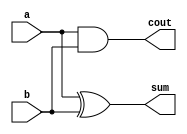
`timescale 1ns / 1ps
//////////////////////////////////////////////////////////////////////////////////
// Company: 
// Engineer: 
// 
// Design Name: 
// Module Name:    fa 
// Project Name: 
// Target Devices: 
// Tool versions: 
// Description: 
//
// Dependencies: 
//
// Revision: 
// Revision 0.01 - File Created
// Additional Comments: 
//
//////////////////////////////////////////////////////////////////////////////////
module fa(a, b, sum, cout);

input a, b;
output sum, cout;

assign sum = a ^ b ;
assign cout = (a&b);

endmodule